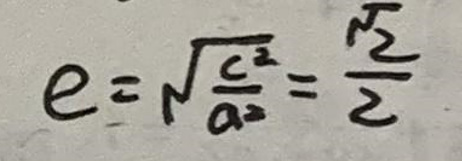
$e = \sqrt{\frac{c^2}{a^2}}=\frac{\sqrt{2}}{2}$